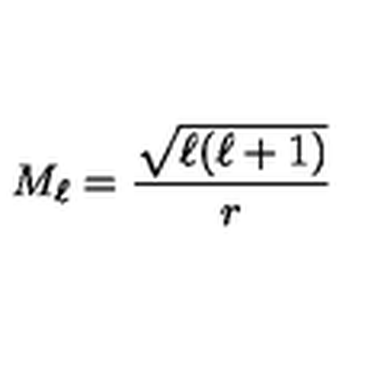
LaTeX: M _ { \ell } = \frac { \sqrt { \ell ( \ell + 1 ) } } { r }